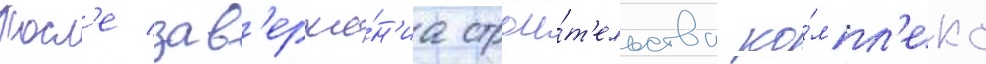
Посл'е зав'ерше́н'иа строи́т'ельства ко́мпл'екс